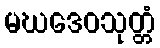
မဃဒေဝသုတ္တံ